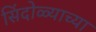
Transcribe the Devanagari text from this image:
सिंदोळ्याच्या